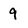
Character: 9